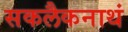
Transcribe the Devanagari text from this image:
सकलैकनाथं